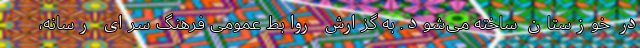
در خوزستان ساخته می‌شود. به گزارش روابط عمومی فرهنگ سرای رسانه،